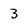
Character: 3